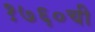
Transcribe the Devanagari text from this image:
१७६०ची